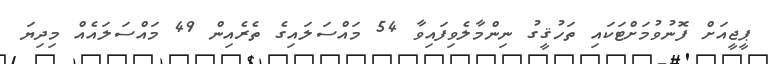
ޕީޖީއަށް ފޮނުވުމަށްޓަކައި ތަހުޤީގު ނިންމާލެވިފައިވާ 54 މައްސަލައިގެ ތެރެއިން 49 މައްސަލައެއް މިދިޔަ